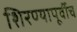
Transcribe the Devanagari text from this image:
शिरण्यापूर्वीच